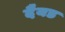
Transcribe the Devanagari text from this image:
दैयड